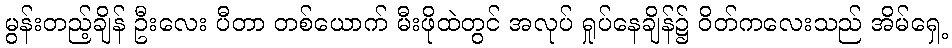
မွန်းတည့်ချိန် ဦးလေး ပီတာ တစ်ယောက် မီးဖိုထဲတွင် အလုပ် ရှုပ်နေချိန်၌ ဝိတ်ကလေးသည် အိမ်ရှေ့